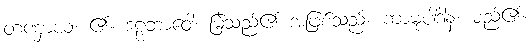
တဏှာယ၊ ၏။ ဒဠှဘာဝေါ၊ မြဲသည်၏ အဖြစ်သည်။ ကာမုပါဒါနံ၊ မည်၏။